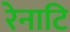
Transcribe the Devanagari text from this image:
रेनाटि